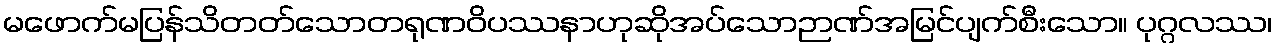
မဖောက်မပြန်သိတတ်သောတရုဏဝိပဿနာဟုဆိုအပ်သောဉာဏ်အမြင်ပျက်စီးသော။ ပုဂ္ဂလဿ၊